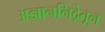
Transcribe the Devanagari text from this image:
अज्ञाननिद्रेतून